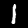
Label: 1